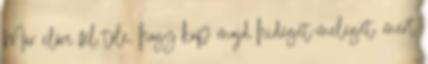
Már előre fél tőle, hogy kap majd hideget-meleget, mert